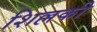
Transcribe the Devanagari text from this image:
शिल्लकी